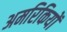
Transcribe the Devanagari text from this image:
अमरिकियों